Problem: 3 + 24 = ?
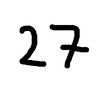
Handwritten answer: 27